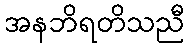
အနဘိရတိသညီ